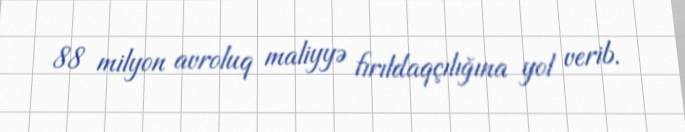
88 milyon avroluq maliyyə fırıldaqçılığına yol verib.